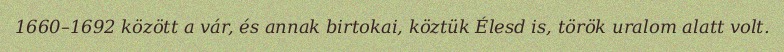
1660–1692 között a vár, és annak birtokai, köztük Élesd is, török uralom alatt volt.